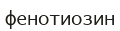
фенотиозин